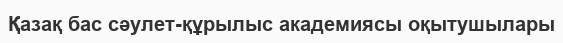
Қазақ бас сәулет-құрылыс академиясы оқытушылары